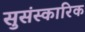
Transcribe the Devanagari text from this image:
सुसंस्कारिक